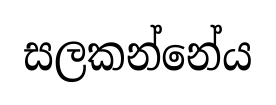
සලකන්නේය